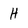
Character: H